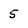
Character: 5